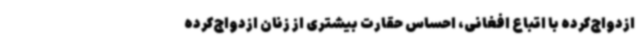
ازدواج‌کرده با اتباع افغانی، احساس حقارت بیشتری از زنان ازدواج‌کرده